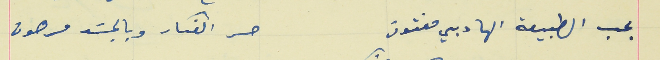
بحب الطبيعة الهاديي مفتون                                     حر الفكار وبالجسَد مرهون